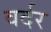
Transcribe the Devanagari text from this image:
वर्दर